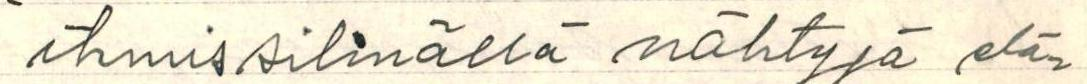
ihmissilmällä nähtyjä elä-